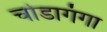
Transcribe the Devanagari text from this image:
चोडागंगा